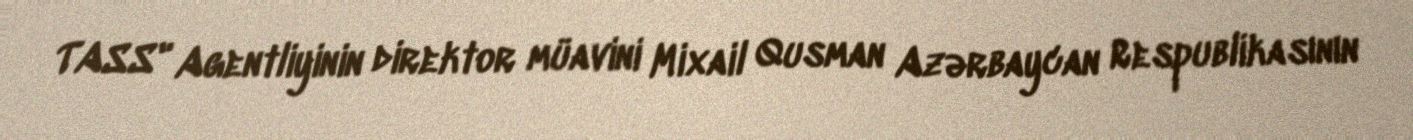
TASS" Agentliyinin direktor müavini Mixail Qusman Azərbaycan Respublikasının